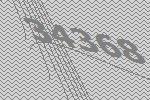
34368